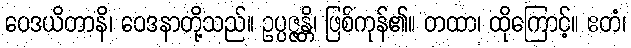
ဝေဒယိတာနိ၊ ဝေဒနာတို့သည်။ ဥပ္ပဇ္ဇန္တိ၊ ဖြစ်ကုန်၏။ တထာ၊ ထိုကြောင့်။ ဧတံ၊